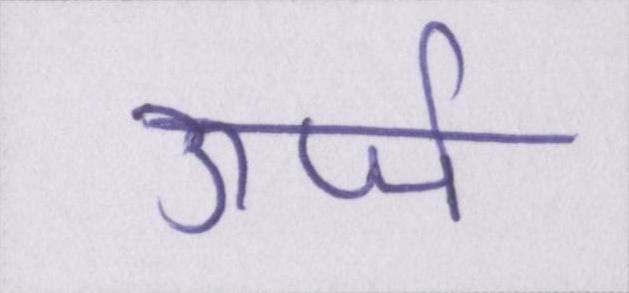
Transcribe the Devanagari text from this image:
ऊर्जा